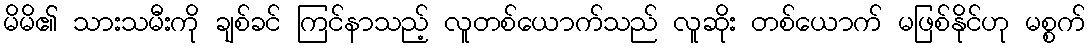
မိမိ၏ သားသမီးကို ချစ်ခင် ကြင်နာသည့် လူတစ်ယောက်သည် လူဆိုး တစ်ယောက် မဖြစ်နိုင်ဟု မစ္စက်